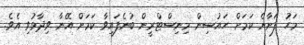
މަހު ފަށާނެ ކަމަށް ހައުސިން މިނިސްޓްރީން ބުނެފައިވާ ކަމަށް އޭނާ ވިދާޅުވި އެވެ.